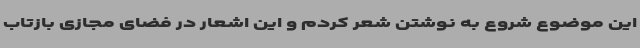
این موضوع شروع به نوشتن شعر کردم و این اشعار در فضای مجازی بازتاب